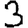
Digit: 3